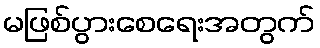
မဖြစ်ပွားစေရေးအတွက်